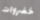
خضروات